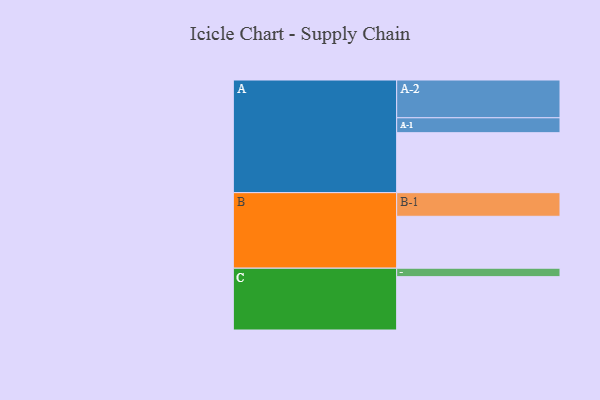
{"axis": {"x": "Segment", "y": "Value"}, "legend": ["", "A", "B", "C"], "data": [{"x": "A", "y": 462, "type": ""}, {"x": "B", "y": 400, "type": ""}, {"x": "C", "y": 411, "type": ""}, {"x": "A-1", "y": 115, "type": "A"}, {"x": "A-2", "y": 291, "type": "A"}, {"x": "B-1", "y": 182, "type": "B"}, {"x": "C-1", "y": 65, "type": "C"}]}